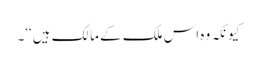
کیونکہ وہ اس ملک کے مالک ہیں‘‘۔